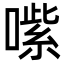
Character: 㗪